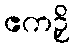
ဧကဉှိ